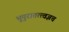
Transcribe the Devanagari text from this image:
भूपुरातत्त्वज्ञच